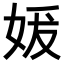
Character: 𪥲